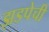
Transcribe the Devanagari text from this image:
झडपेची